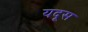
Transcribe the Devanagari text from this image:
यदूस